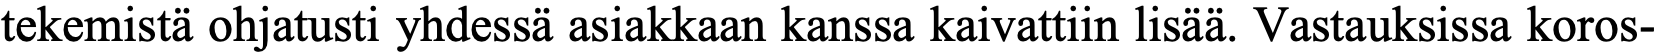
tekemistä ohjatusti yhdessä asiakkaan kanssa kaivattiin lisää. Vastauksissa koros-